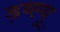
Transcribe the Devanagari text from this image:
ड़ब्ल्यू